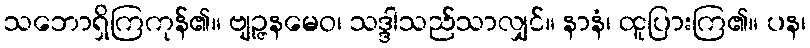
သဘောရှိကြကုန်၏။ ဗျဉ္ဇနမေဝ၊ သဒ္ဒါသည်သာလျှင်။ နာနံ၊ ထူပြားကြ၏။ ပန၊